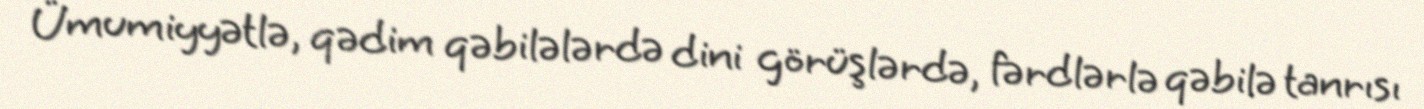
Ümumiyyətlə, qədim qəbilələrdə dini görüşlərdə, fərdlərlə qəbilə tanrısı